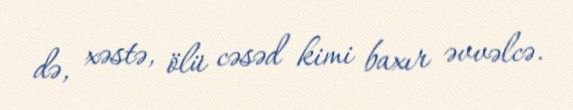
də, xəstə, ölü cəsəd kimi baxır əvvəlcə.